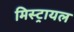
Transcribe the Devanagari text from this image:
मिस्ट्रायल